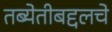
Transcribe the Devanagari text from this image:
तब्येतीबद्दलचे